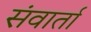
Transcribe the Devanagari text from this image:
संवार्ता